Tartu_linna_vaeslastekohus, lk 15
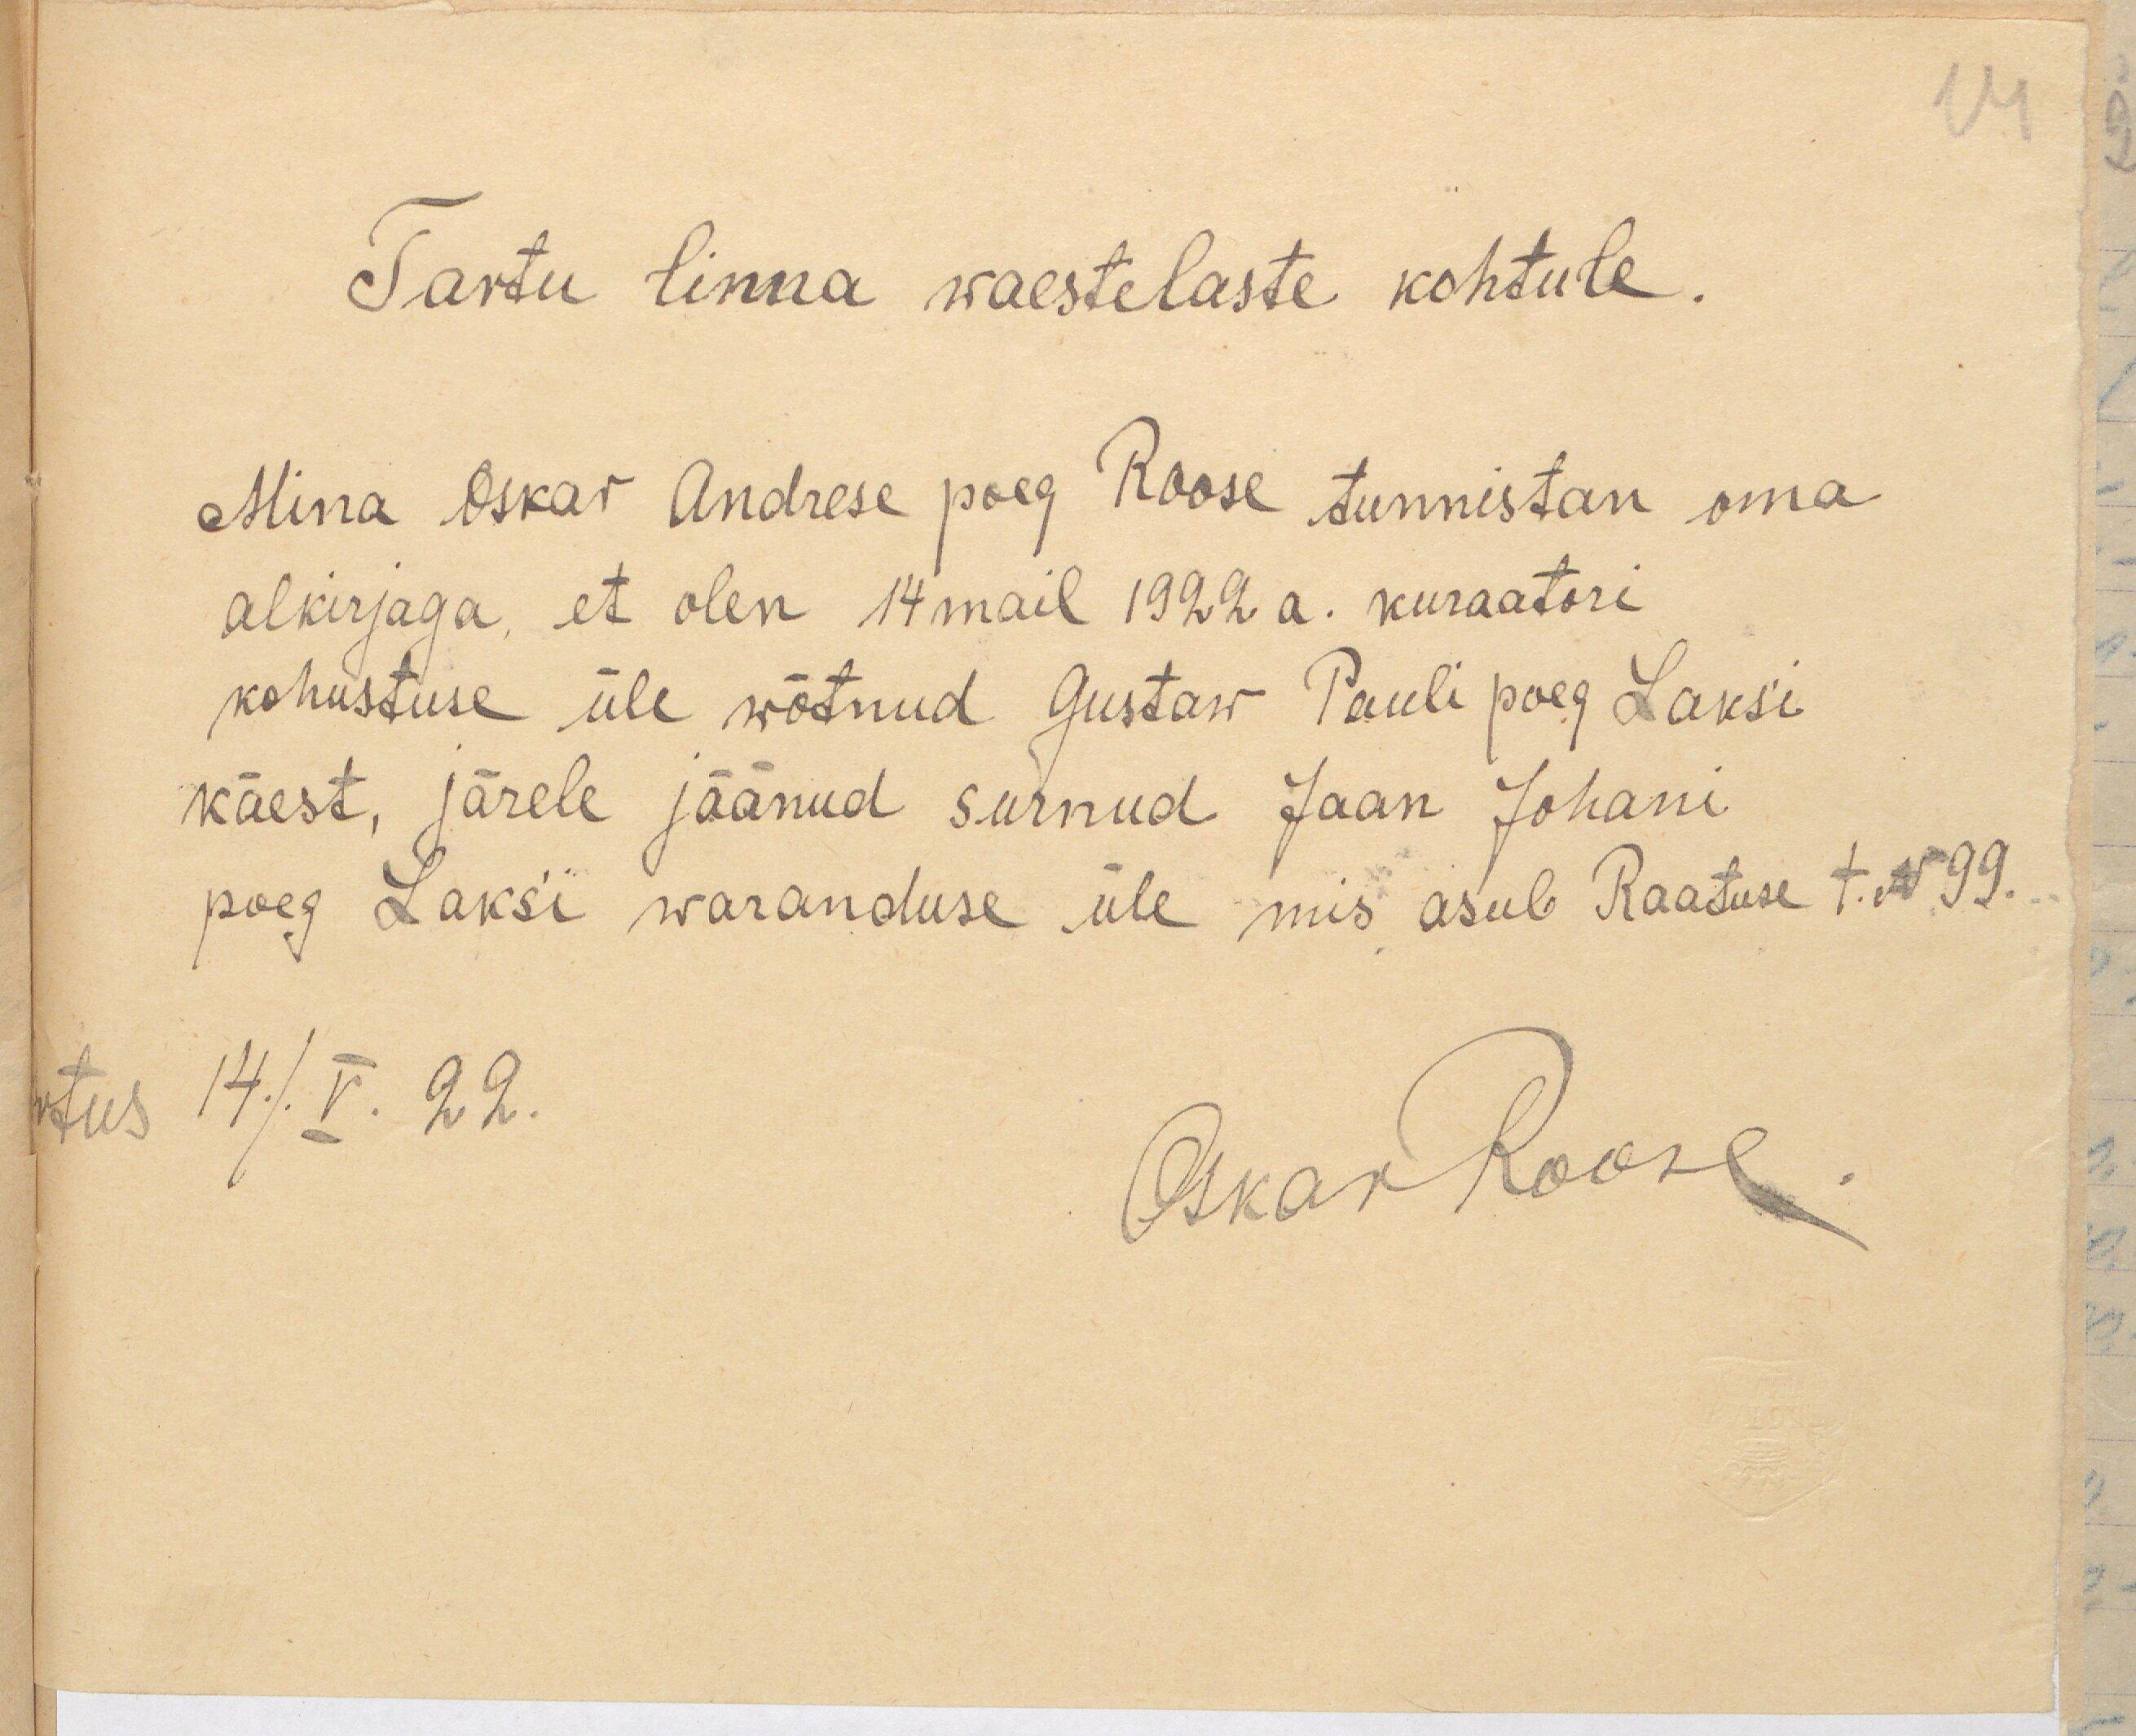
14

Tartu linna waestelaste kohtule.
Mina Oskar Andrese poeg Roose tunnistan oma
alkirjaga, et olen 14 mail 1922 a. kuraatori
kohustuse üle wõtnud Gustaw Pauli poeg Laks´i
käest, järele jäänud surnud Jaan Johani
poeg Laks´i waranduse üle mis asub Raatuse t. N99.
rtus 14./.V.22.
Oskar Roose.